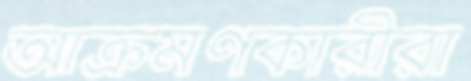
আক্রমণকারীরা